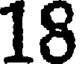
18